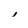
Character: 1